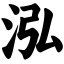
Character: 泓